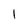
Character: l